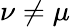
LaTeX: \nu\neq\mu